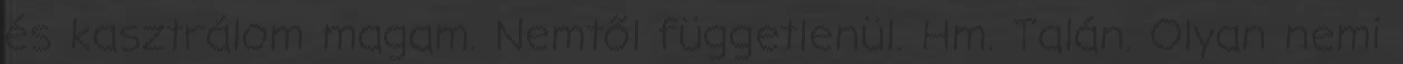
és kasztrálom magam. Nemtől függetlenül. Hm. Talán. Olyan nemi